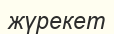
жүрекет